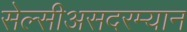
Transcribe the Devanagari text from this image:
सेल्सीअसदरम्यान